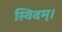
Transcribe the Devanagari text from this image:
स्विदम्।